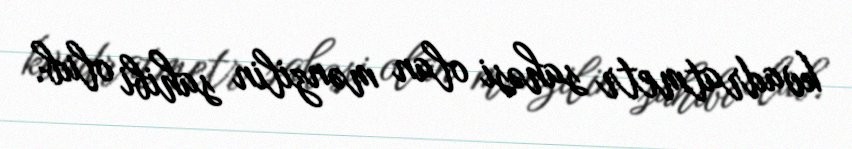
kvadratmetr sahəsi olan mənzilin sahibi olub.